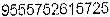
9555752615725